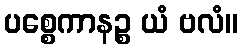
ပစ္စေကာနဉ္စ ယံ ဗလံ။